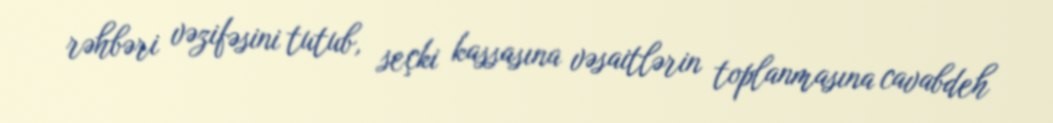
rəhbəri vəzifəsini tutub, seçki kassasına vəsaitlərin toplanmasına cavabdeh